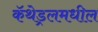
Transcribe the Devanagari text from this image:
कॅथेड्रलमधील